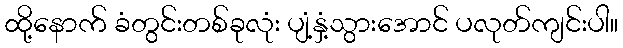
ထို့နောက် ခံတွင်းတစ်ခုလုံး ပျံ့နှံ့သွားအောင် ပလုတ်ကျင်းပါ။